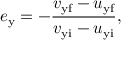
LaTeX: e _ { \mathrm { y } } = - { \frac { v _ { \mathrm { y f } } - u _ { \mathrm { y f } } } { v _ { \mathrm { y i } } - u _ { \mathrm { y i } } } } ,